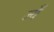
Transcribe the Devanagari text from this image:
ज्यँ